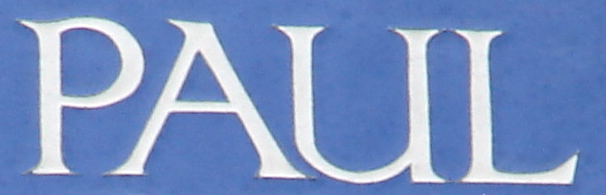
PAUL